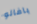
بافالو